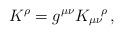
LaTeX: \begin{align*}K^\rho=g^{\mu\nu}{K_{\mu\nu}}^{\!\rho}\, ,\end{align*}